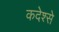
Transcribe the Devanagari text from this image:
कदेश्से